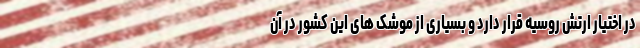
در اختیار ارتش روسیه قرار دارد و بسیاری از موشک های این کشور در آن